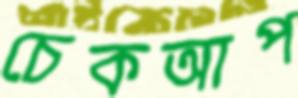
চেকআপ